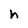
Character: h